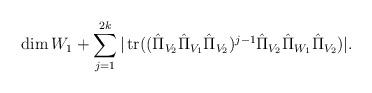
LaTeX: \begin{align*}\dim W_1+\sum_{j=1}^{2k}|\operatorname{tr}((\hat{\Pi}_{V_2}\hat{\Pi}_{V_1}\hat{\Pi}_{V_2})^{j-1}\hat{\Pi}_{V_2}\hat{\Pi}_{W_1}\hat{\Pi}_{V_2})|.\end{align*}